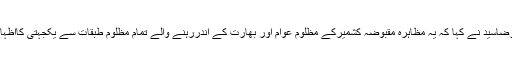
علی رضاسید نے کہا کہ یہ مظاہرہ مقبوضہ کشمیرکے مظلوم عوام اور بھارت کے اندررہنے والے تمام مظلوم طبقات سے یکجہتی کااظہارہے۔